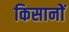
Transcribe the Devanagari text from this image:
किसानोें